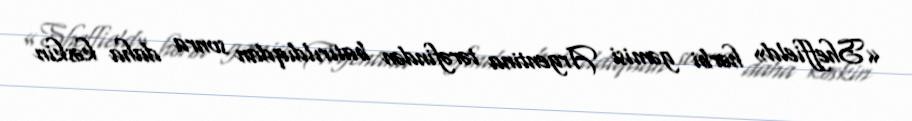
«Sheffield» hərbi gəmisi Argentina tərəfindən batırıldıqdan sonra daha kəskin